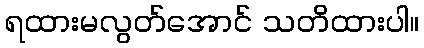
ရထားမလွတ်အောင် သတိထားပါ။